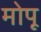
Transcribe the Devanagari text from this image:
मोपू